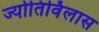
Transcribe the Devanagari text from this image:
ज्योतिर्विलास